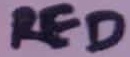
Text: RED